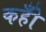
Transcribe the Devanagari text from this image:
कहोँ